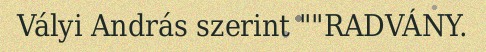
Vályi András szerint ""RADVÁNY.